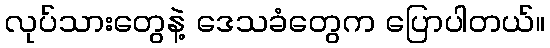
လုပ်သားတွေနဲ့ ဒေသခံတွေက ပြောပါတယ်။